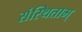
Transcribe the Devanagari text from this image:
संस्थिताम्‌